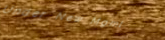
Under New Mgmt